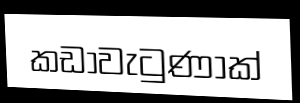
කඩාවැටුණාක්